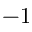
- 1